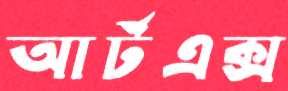
আর্টএক্স